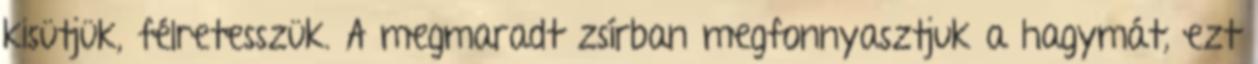
kisütjük, félretesszük. A megmaradt zsírban megfonnyasztjuk a hagymát, ezt